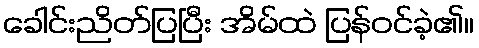
ခေါင်းညိတ်ပြပြီး အိမ်ထဲ ပြန်ဝင်ခဲ့၏။